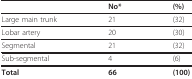
<table><thead><tr><td></td><td><b>No*</b></td><td><b>(%)</b></td></tr></thead><tbody><tr><td>Large main trunk</td><td>21</td><td>(32)</td></tr><tr><td>Lobar artery</td><td>20</td><td>(30)</td></tr><tr><td>Segmental</td><td>21</td><td>(32)</td></tr><tr><td>Sub-segmental</td><td>4</td><td>(6)</td></tr><tr><td><b>Total</b></td><td><b>66</b></td><td><b>(100)</b></td></tr></tbody></table>